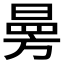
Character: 㬅